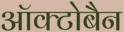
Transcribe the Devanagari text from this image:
ऑक्टोबैन